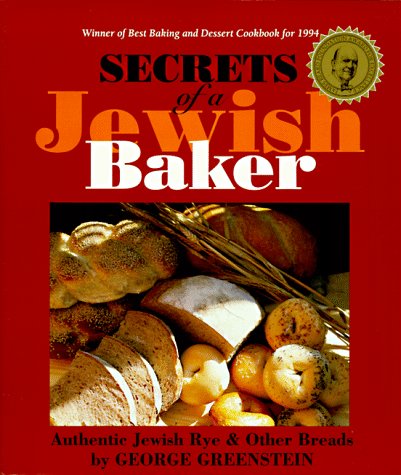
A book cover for Secrets of a Jewish Baker: Authentic Jewish Rye and Other Breads; George Greenstein; Cookbooks, Food & Wine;